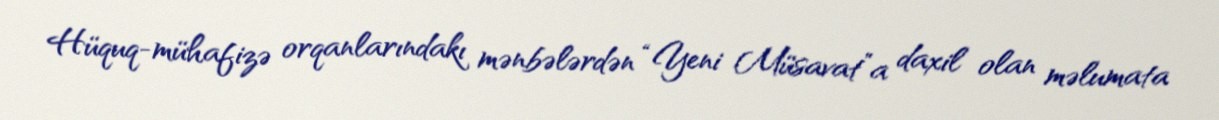
Hüquq-mühafizə orqanlarındakı mənbələrdən “Yeni Müsavat”a daxil olan məlumata